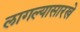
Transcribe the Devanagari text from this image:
लागल्यासारखे